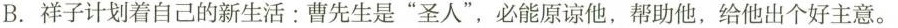
B.祥子计划着自己的新生活：曹先生是”圣人”，必能原谅他，帮助他，给他出个好主意。